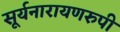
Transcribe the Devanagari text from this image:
सूर्यनारायणरुपी